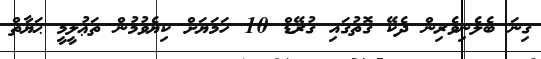
ގިނަ ބެލެނިވެރިން ދެކޭ ގޮތުގައި ގުރޭޑް 10 ހަމަޔަށް ކިޔެވުމުން ތަޢުލީމީ ޙަޔާތް